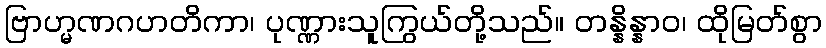
ဗြာဟ္မဏဂဟတိကာ၊ ပုဏ္ဏားသူကြွယ်တို့သည်။ တန္နိန္နာဝ၊ ထိုမြတ်စွာ